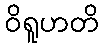
ဝိရူဟတိ